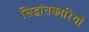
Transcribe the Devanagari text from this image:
सिद्धांतकारियों